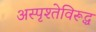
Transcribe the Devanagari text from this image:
अस्पृश्तेविरूद्ध